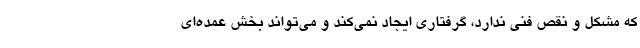
که مشکل و نقص فنی ندارد، گرفتاری ایجاد نمی‌کند و می‌تواند بخش عمده‌ای